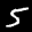
Label: 5